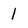
Character: 1